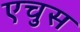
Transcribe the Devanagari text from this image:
एचुस